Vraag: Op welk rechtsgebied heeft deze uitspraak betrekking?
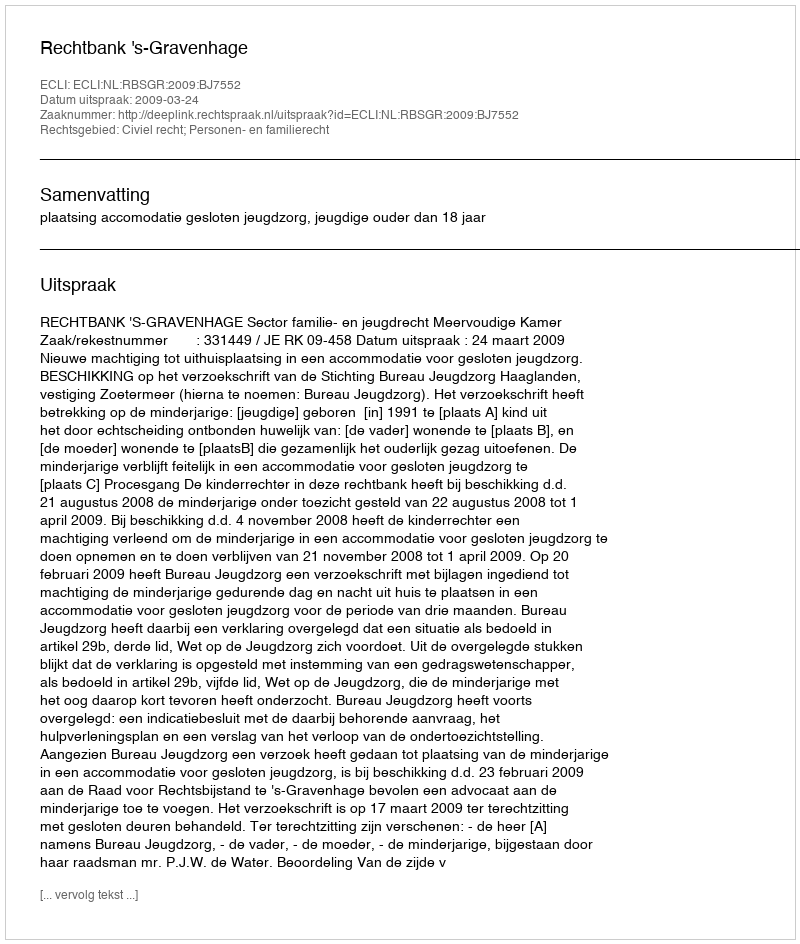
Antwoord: Civiel recht; Personen- en familierecht